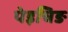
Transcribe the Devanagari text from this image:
पेइचिङ